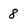
Character: 8